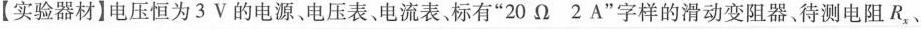
【实验器材]电压恒为3V的电源、电压表、电流表、标有”20\Omega 2A”字样的滑动变阻器、待测电阻R_{x}、